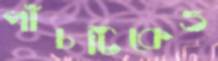
পাঁচটিকেও